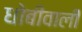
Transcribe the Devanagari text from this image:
धोबीवाली